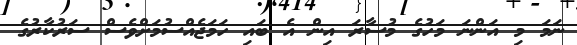
ނަމަ މި އަންނަ މަހުގެ މުސާރަ އިން އެ ބައި ހަމަޖެއްސުމަށްވެސް ސަރުކާރުގެ